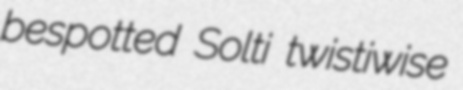
bespotted Solti twistiwise